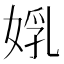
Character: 𡝦